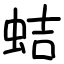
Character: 蛣